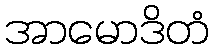
အာမောဒိတံ